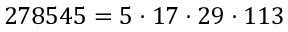
2 7 8 5 4 5 = 5 \cdot 1 7 \cdot 2 9 \cdot 1 1 3